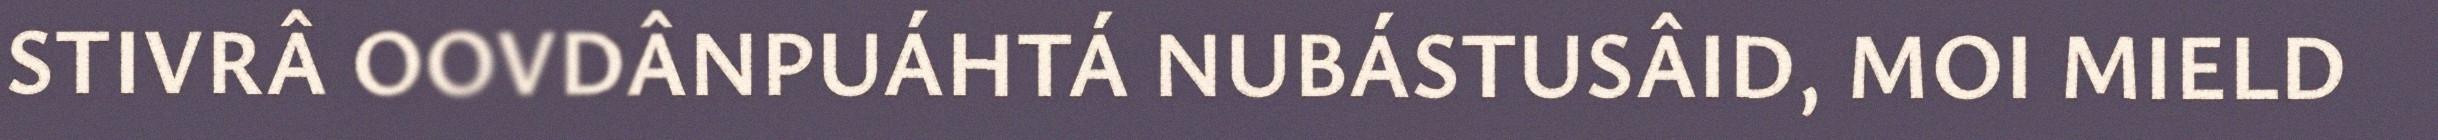
STIVRÂ OOVDÂNPUÁHTÁ NUBÁSTUSÂID, MOI MIELD